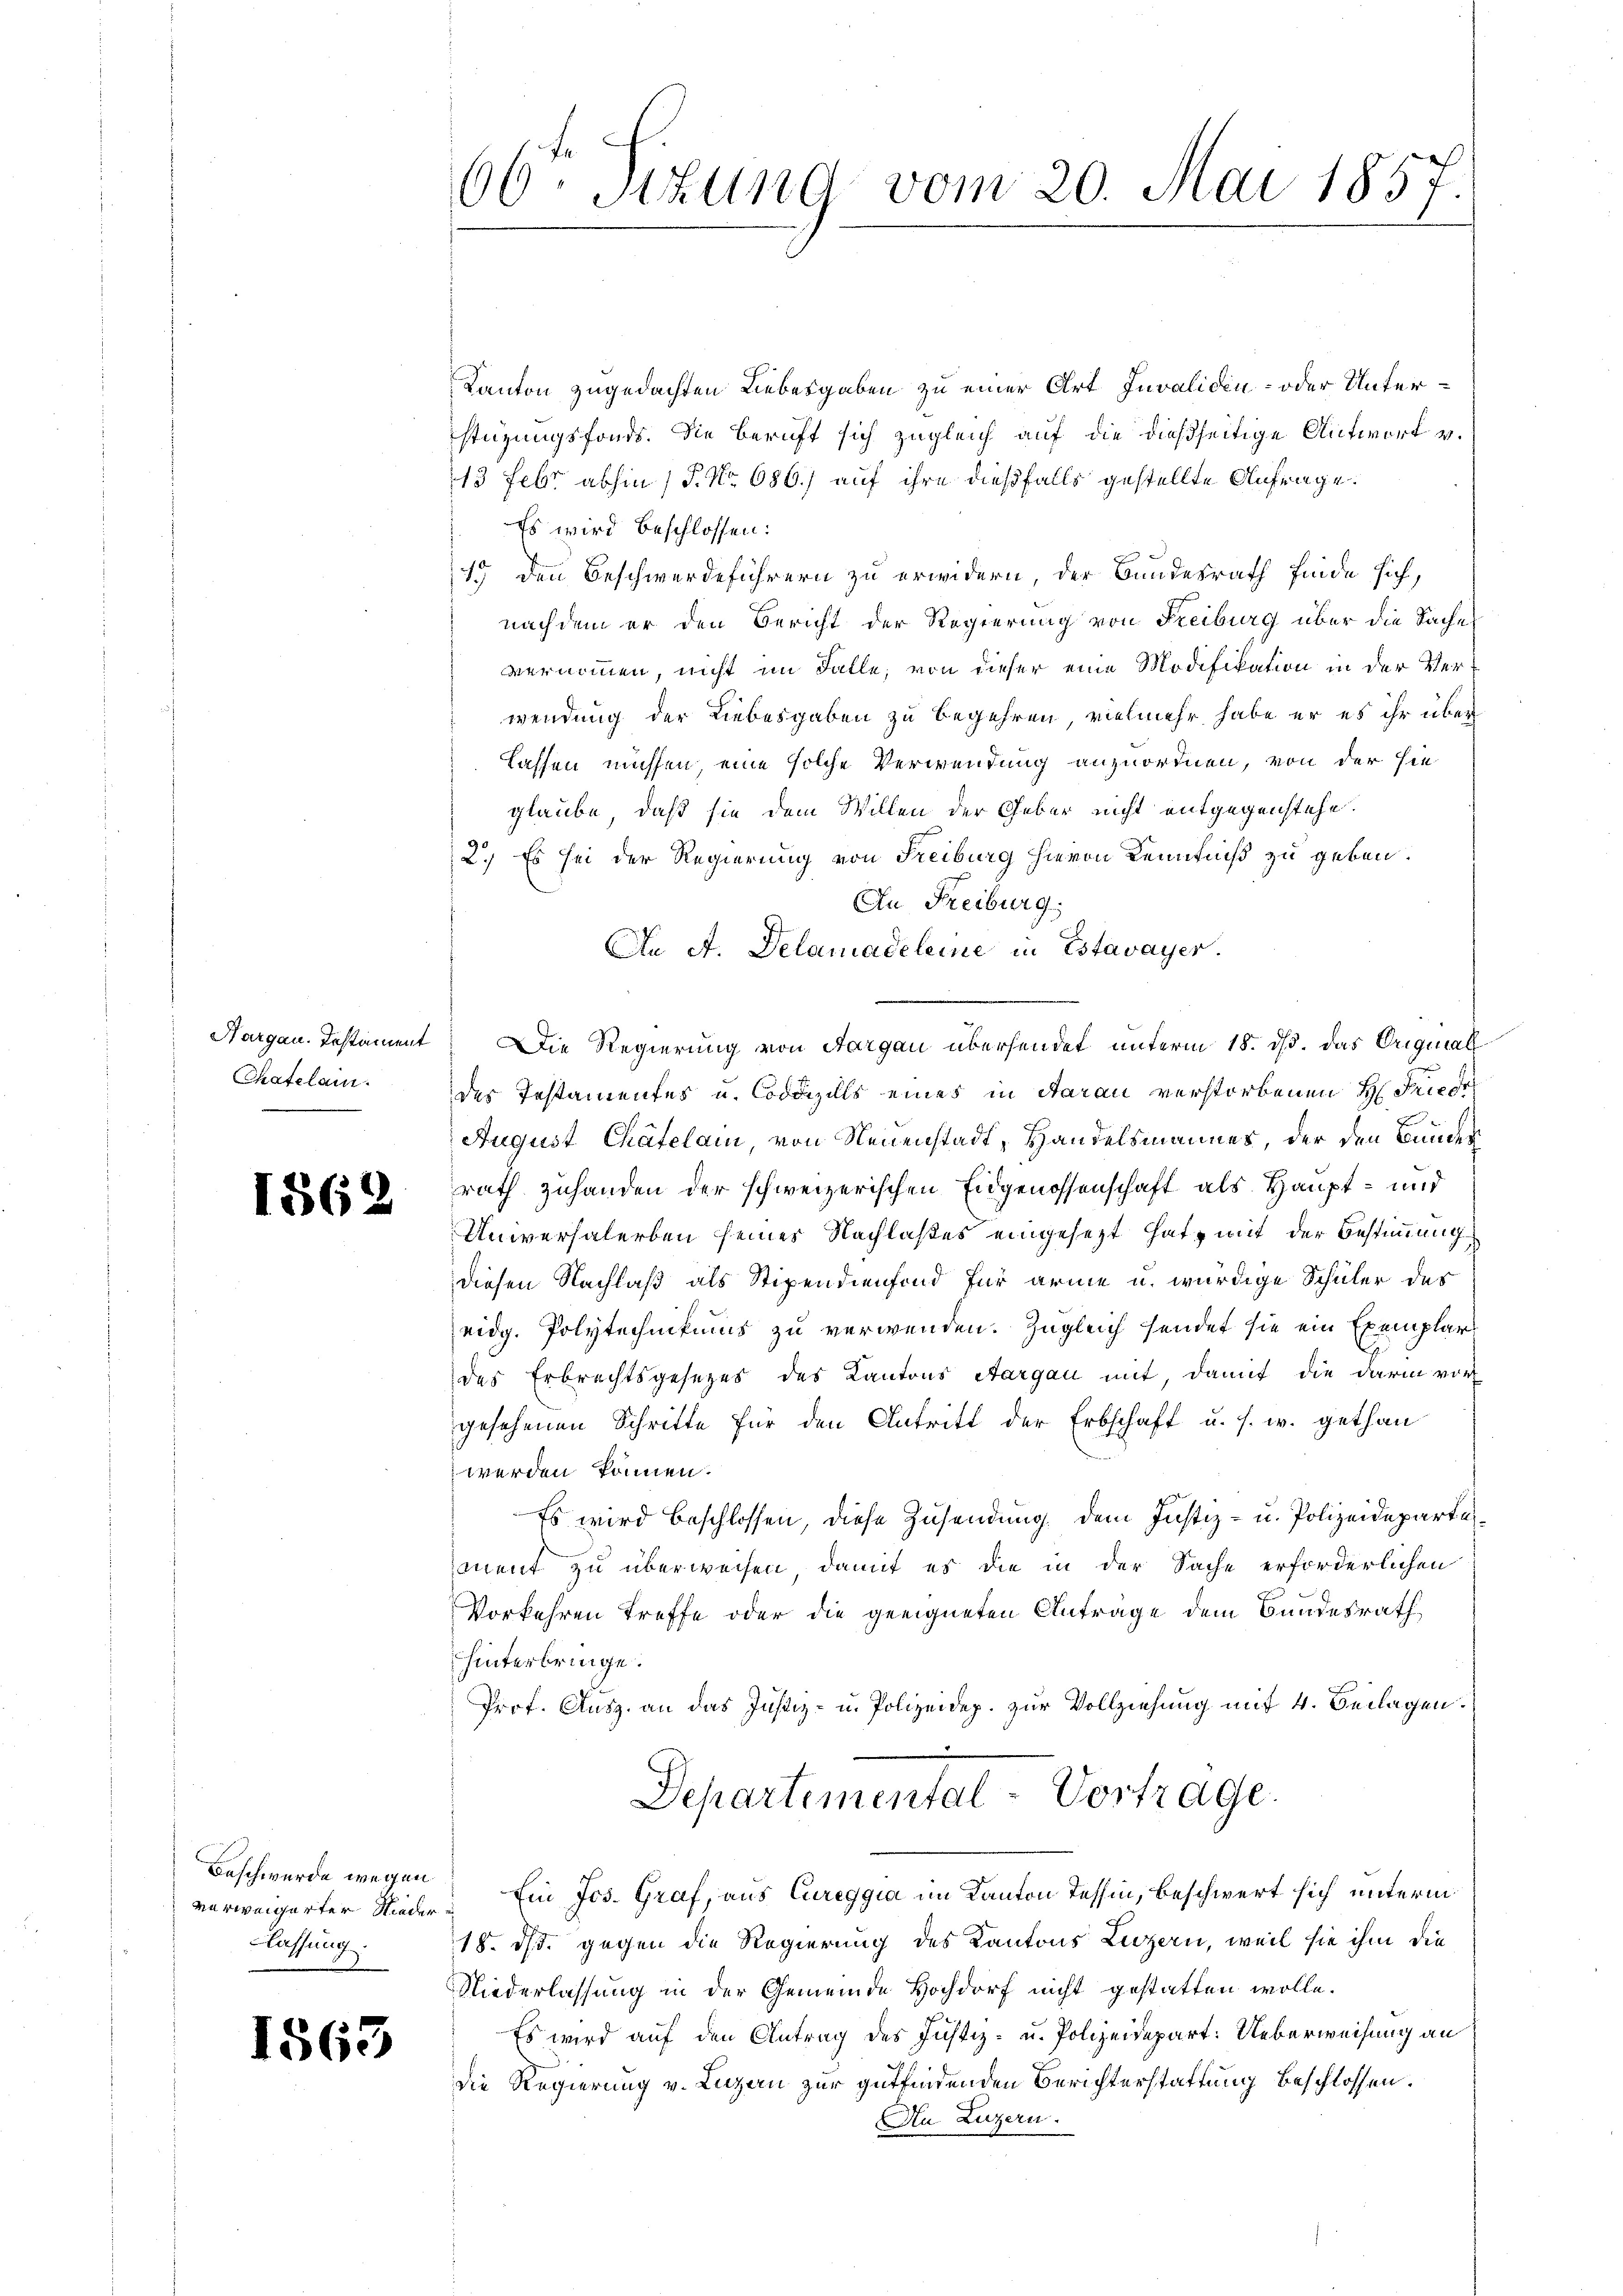
Hargau. Instament
Chatelam.

1562

Beschwerde wegen
Classung.

1863

06ten Sizung vom 20. Mai 1857.

Kanton zugedachten Liebesgaben zu einer Art Invaliden- oder Unterstüzungsfonds. Die Beruft sich zugleich auf die dießseitige Antwort v.
13 Febr. abhin 1 S. Nr. 680.) auf ihre dießfalls gestellte Anfrage.
Es wird beschlossen:
13 den Beschwerdeführern zu erwidern, der Bundesrath finde sich,
nachdem er den Bericht der Regierung von Freiburg über die Sache
vernommen, nicht im Falle, von dieser eine Modifikation in der Verwendung der Liebesgaben zu begehren, vielmehr habe er es ihr über
lassen müssen, eine solche Verwendung anzuordnen, von der sie
glaube, daß sie dem Willen der Geber nicht entgegenstehe.
2.) Es sei der Regierung von Freiburg hievon Kenntniß zu geben.
An Freiburg,
An A. Delamadeleine in Estavayer.
Die Regierung von Aargau übersendet unterm 18. ds. das Original
des Testamentes u. Coodials eines in Aarau verstorbenen H. Friede
August Chätelain, von Neuenstadt, Handelsmannes, der den Bunder
rath zuhanden der schweizerischen Eidgenossenschaft als Haupt- und
Universalerben seines Nachlaßes eingesezt Hatz mit der Bestimmung
diesen Nachlaß als Stipendienfond für arme u. würdige Schüler des
eidg. Polytechnikums zu verwenden. Zugleich sendet sie ein Exemplar
des Erbrechtsgesezes des Kantons Aargau mit, damit die darin vor
gesehenen Schritte für den Antritt der Erbschaft u. s. w. gethan
werden können.
Es wird beschlossen, diese Zusendung dem Justiz- u. Polizeidepartalment zu überweisen, damit es die in der Sache erforderlichen
Vorkehren treffe oder die geeigneten Anträge dem Bundesrath
hinterbringe.
Prof. Ausz. an das Justiz- u. Polizeidep. zur Vollziehung mit 4. Beilagen.
Departemental-Vortrage.
verweigerter Nieder Ein Jos. Graf, aus Cureggia im Kanton Tessin, beschwert sich unterm
18. ds. gegen die Regierung des Kantons Luzern, weil sie ihm die
NNiederlassung in der Gemeinde Hochdorf nicht gestatten wolle.
Es wird auf den Antrag des Justiz- u. Polizeidepart: Ueberweisung an
die Regierung v. Luzau zur gutfindenden Berichterstattung beschlossen.
An Luzern.